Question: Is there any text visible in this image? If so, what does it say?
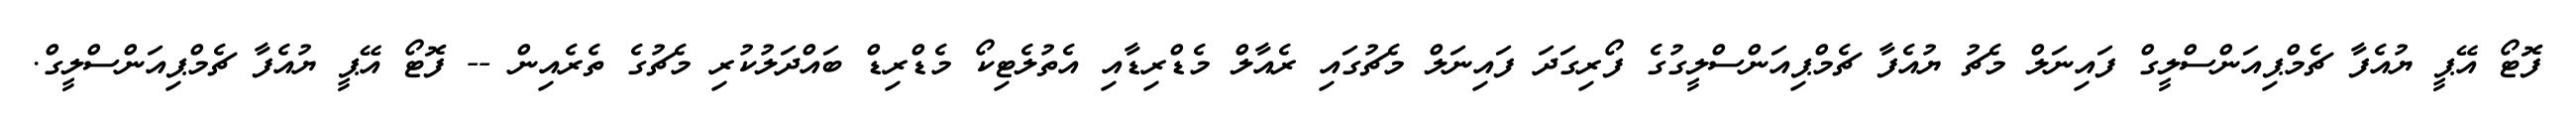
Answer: ފޮޓޯ އޭޕީ ޔުއެފާ ޗެމްޕިއަންސްލީގް ފައިނަލް މެޗު ޔުއެފާ ޗެމްޕިއަންސްލީގުގެ ފޯރިގަދަ ފައިނަލް މެޗުގައި ރެއާލް މެޑްރިޑާއި އެތުލެޓިކޯ މެޑްރިޑް ބައްދަލުކުރި މެޗުގެ ތެރެއިން -- ފޮޓޯ އޭޕީ ޔުއެފާ ޗެމްޕިއަންސްލީގް.